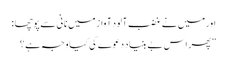
اورمیں نے غضب آلود آواز میں نانی سے پوچھا :
”پھر اس بے بنیاد دعوے کی کیا وجہ ہے ؟